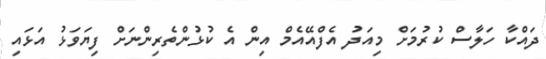
ދައްކާ ހަލާސް ކުރުމަށް މިއަދު އެފްއޭއެމް އިން އެ ކުޅުންތެރިންނަށް ފިޔަވަޅު އަޅައި